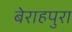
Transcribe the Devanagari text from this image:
बेराहपुरा